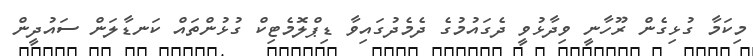
މިކަމާ ގުޅިގެން ރޫހާނީ ވިދާޅުވީ ދެގައުމުގެ ދެމެދުގައިވާ ޑިޕްލޮމެޓިކް ގުޅުންތައް ކަނޑާލަން ސައުދީން